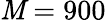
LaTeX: \mathit{M}=900